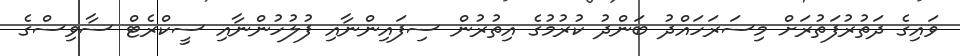
ވައިގެ ދަތުރުފަތުރަށް މިސަރަހައްދު ބަންދު ކުރުމުގެ އިތުރުން ސިފައިންނާއި ފުލުހުންނާއި ސީކްރެޓް ސާވިސްގެ